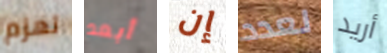
تهزم أبعد إن لعدد أريد